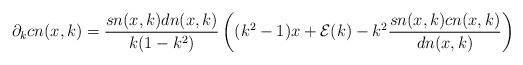
LaTeX: \begin{align*} \partial_kcn(x,k) = \frac{sn(x,k) dn(x,k)}{k (1 - k^2)} \left( (k^2 - 1) x + \mathcal E(k) - k^2 \frac{sn(x,k) cn(x,k)}{dn(x,k)}\right) \end{align*}